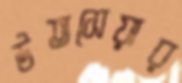
উতসেয়ার